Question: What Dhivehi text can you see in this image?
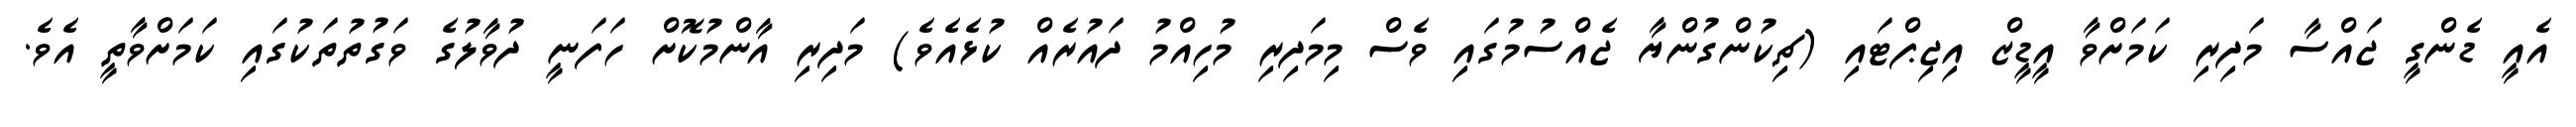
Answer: އެއީ ޑެންގީ ޖައްސާ މަދިރި ކަމަށްވާ އީޑީޒް އިޖިޕްޓައި (ޗިކުންގުންޔާ ޖެއްސުމުގައި ވެސް މިމަދިރި މުހިއްމު ދައުރެއް ކުޅެއެވެ) މަދިރި އާންމުކޮށް ހަފަނީ ދުވާލުގެ ވަގުތުތަކުގައި ކަމަށްވާތީ އެވެ.